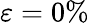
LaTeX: \varepsilon=0\%